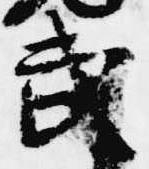
武